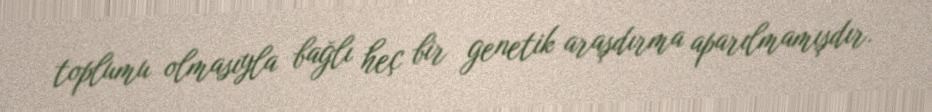
toplumu olmasıyla bağlı heç bir genetik araşdırma aparılmamışdır.